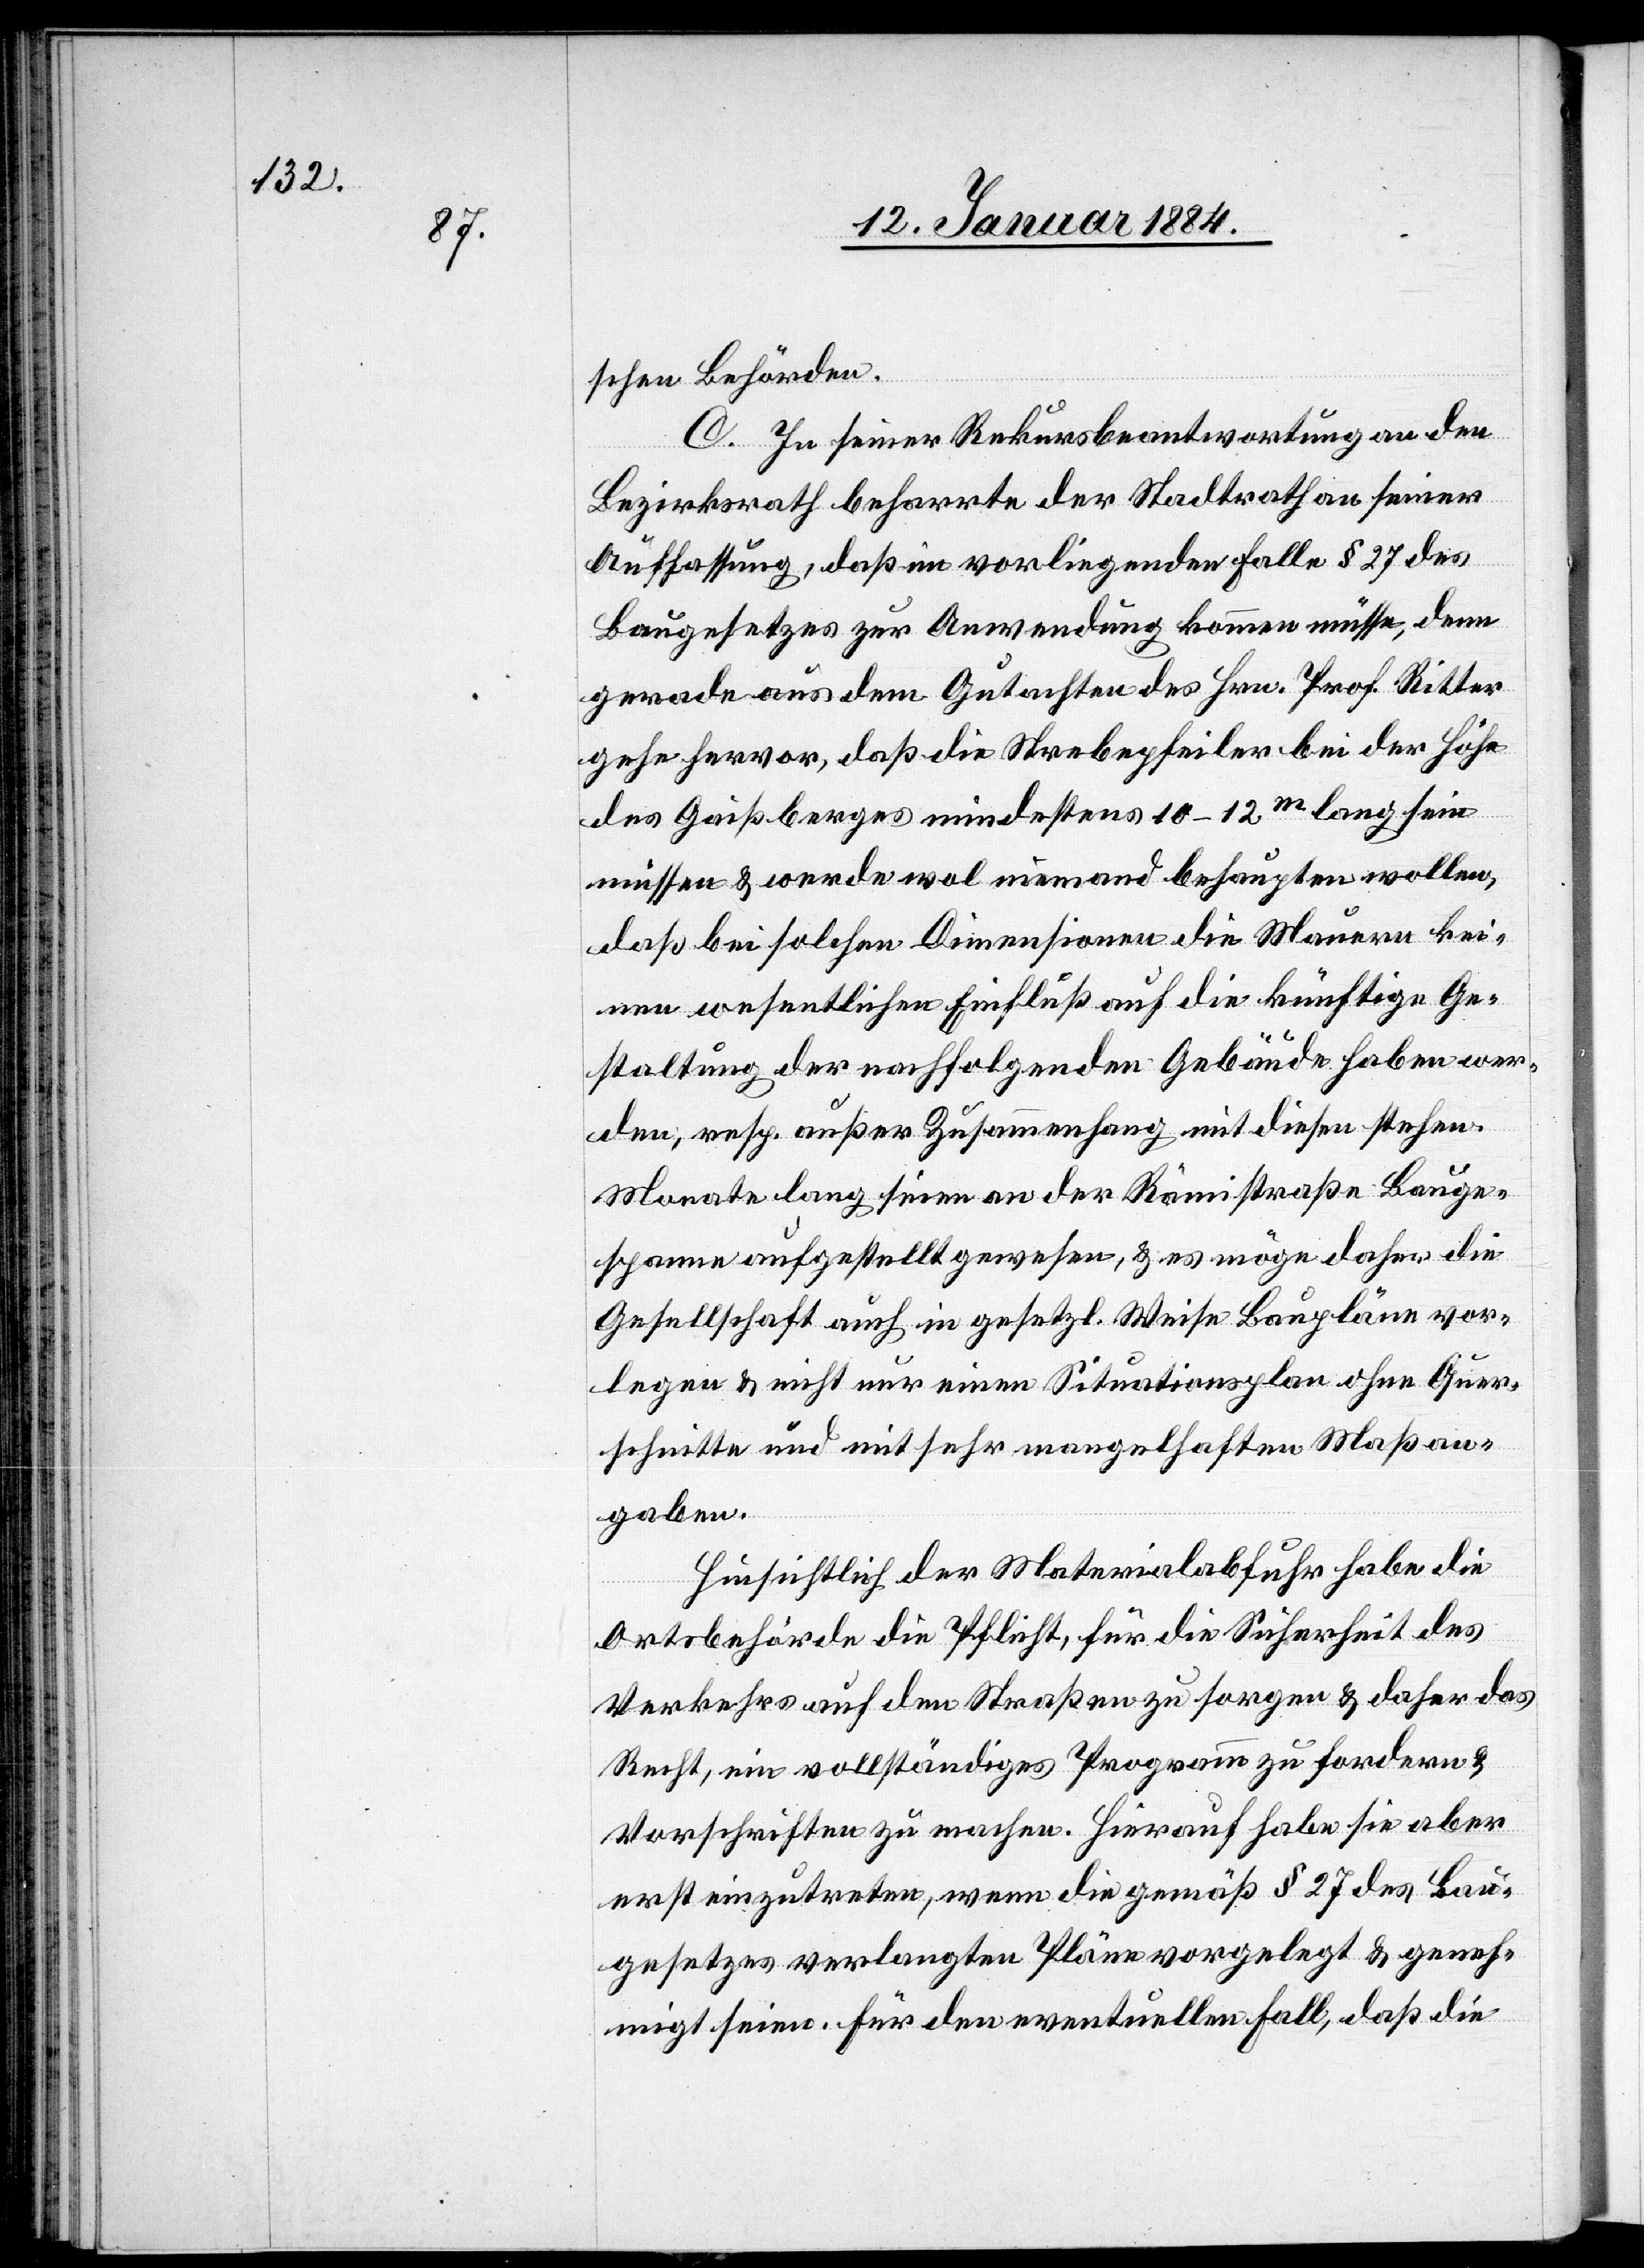
schen Behörden.
C. In seiner Rekursbeantwortung an den
Bezirksrath beharrte der Stadtrath in seiner
Auffassung, daß im vorliegenden Falle § 27 des
Baugesetzes zur Anwendung kommen müsse, denn
gerade aus dem Gutachten des Hrn. Prof. Ritter
gehe hervor, daß die Strebepfeiler bei der Höhe
des Gaißberges mindestens 10–12m lang sein
müssen & werde wol niemand behaupten wollen,
daß bei solchen Dimensionen die Mauern kei¬
nen wesentlichen Einfluß auf die künftige Ge¬
staltung der nachfolgenden Gebäude haben wer¬
den; resp. außer Zusammenhang mit diesen stehen.
Monate lang seien an der Rämistraße Bauge¬
spanne aufgestellt gewesen, & es möge daher die
Gesellschaft auch in gesetzl. Weise Baupläne vor¬
legen & nicht nur einen Situationsplan ohne Quer¬
schnitte und mit sehr mangelhaften Maßan¬
gaben.
Hinsichtlich der Materialabfuhr habe die
Ortsbehörde die Pflicht, für die Sicherheit des
Verkehrs auf den Straßen zu sorgen & daher das
Recht, ein vollständiges Programm zu fordern &
Vorschriften zu machen. Hierauf habe sie aber
erst einzutreten, wenn die gemäß § 27 des Bau¬
gesetzes verlangten Pläne vorgelegt & geneh¬
migt seien. Für den eventuellen Fall, daß die